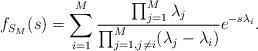
LaTeX: \begin{align*}f_{S_M}(s)=\sum_{i=1}^{M}\frac{\prod_{j=1}^M\lambda_j}{\prod_{j=1,j\neq i}^M(\lambda_j-\lambda_i)}e^{-s\lambda_i}.\end{align*}